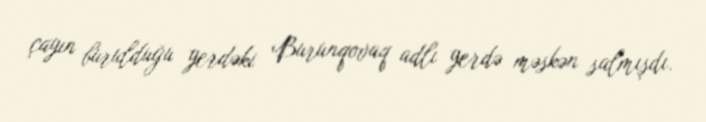
çayın burulduğu yerdəki Burunqovaq adlı yerdə məskən salmışdı.